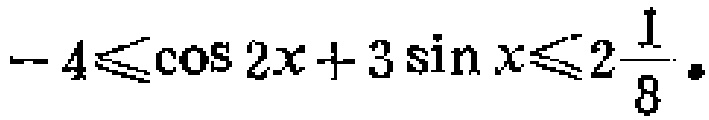
\(-4\leqslant\cos 2x + 3\sin x\leqslant2\frac{1}{8}\)